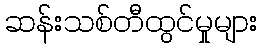
ဆန်းသစ်တီထွင်မှုများ